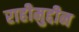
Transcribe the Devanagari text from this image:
राहीमुद्दीन